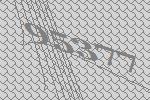
95377